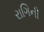
રાગિની